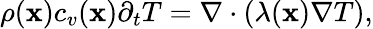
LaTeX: \begin{array}{r}{\rho(\mathbf x)c_{v}(\mathbf x)\partial_{t}T=\nabla\cdot(\lambda(\mathbf x)\nabla T),}\end{array}